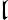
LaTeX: \mathfrak{l}